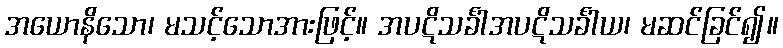
အယောနိသော၊ မသင့်သောအားဖြင့်။ အပဋိသင်္ခါအပဋိသင်္ခါယ၊ မဆင်ခြင်၍။